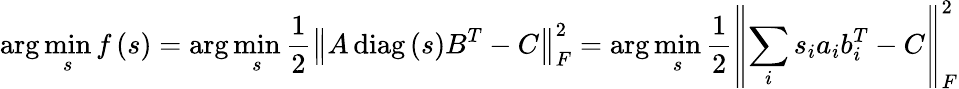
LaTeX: \arg\operatorname*{min}_{s}f\left(s\right)=\arg\operatorname*{min}_{s}\frac{1}{2}\left\| A\operatorname{diag}\left(s\right){B}^{T}-C\right\| _{F}^{2}=\arg\operatorname*{min}_{s}\frac{1}{2}\left\| \sum_{i}{s}_{i}{a}_{i}{b}_{i}^{T}-C\right\| _{F}^{2}